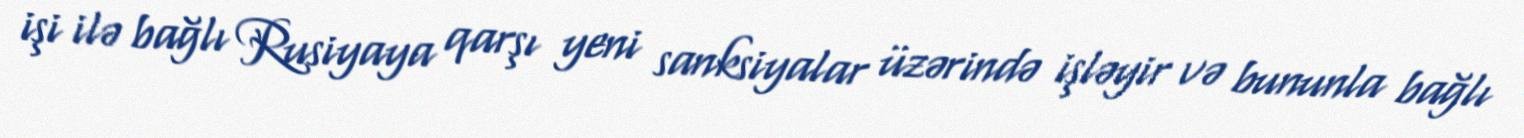
işi ilə bağlı Rusiyaya qarşı yeni sanksiyalar üzərində işləyir və bununla bağlı